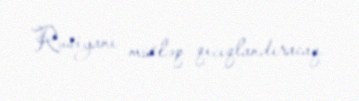
Rusiyanı mütləq qıcıqlandıracaq.